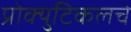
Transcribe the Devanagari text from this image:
प्रोक्युटिकलचे